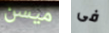
ميسن فى